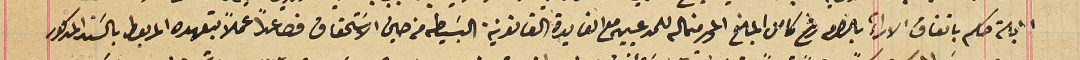
المجلة حكم باتفاق الاراء بالضرر دفع كامل المبلغ المحرر للمدعيين مع الفايدة القانونية البسَيطه من حين الاستحقاق فصاعداً عملاً بتعهده المربوط بالسَند المذكور